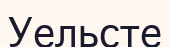
Уельсте